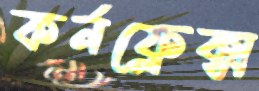
কর্নফ্লেক্স